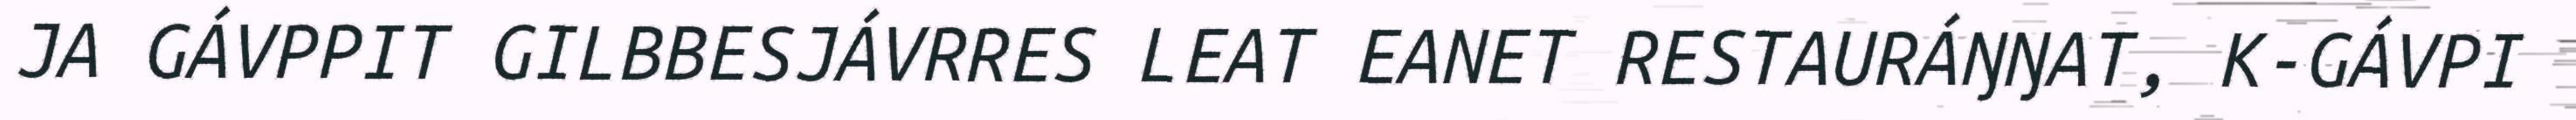
JA GÁVPPIT GILBBESJÁVRRES LEAT EANET RESTAURÁŊŊAT, K-GÁVPI